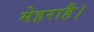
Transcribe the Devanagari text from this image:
मेहराहै।